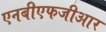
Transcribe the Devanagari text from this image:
एनबीएफजीआर